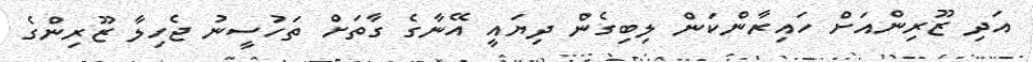
އަދި ޒޫރިންއަށް ހައިރާންކަން ލިބިގެން ދިޔައީ އޭނާގެ ގާތަށް ތަހުސީނު ޖެހިލާ ޒޫރިންގެ